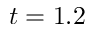
t = 1 . 2